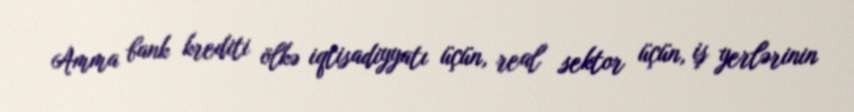
Amma bank krediti ölkə iqtisadiyyatı üçün, real sektor üçün, iş yerlərinin